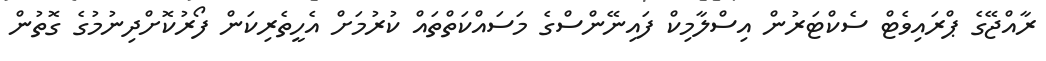
ރާއްޖޭގެ ޕްރައިވެޓް ސެކްޓަރުން އިސްލާމިކް ފައިނޭންސްގެ މަސައްކަތްތައް ކުރުމަށް އެހީތެރިކަން ފޯރުކޮށްދިނުމުގެ ގޮތުން